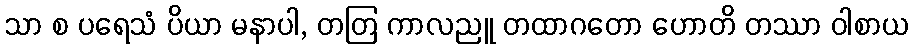
သာ စ ပရေသံ ပိယာ မနာပါ, တတြ ကာလညူ တထာဂတော ဟောတိ တဿာ ဝါစာယ